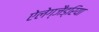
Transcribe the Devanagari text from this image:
ऐलेग्जैड्रिया